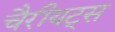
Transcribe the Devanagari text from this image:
चैरीयट्स